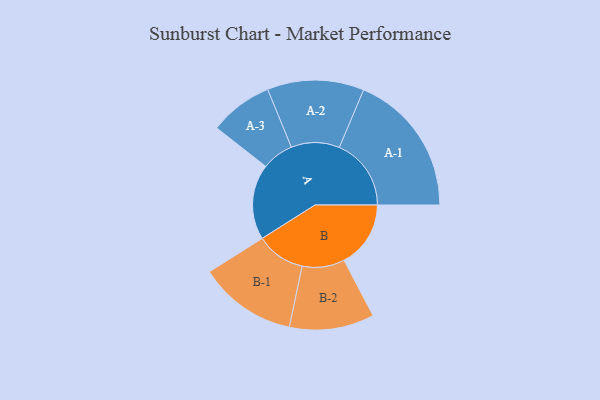
{"axis": {"x": "Segment", "y": "Value"}, "legend": ["", "A", "B"], "data": [{"x": "A", "y": 304, "type": ""}, {"x": "B", "y": 269, "type": ""}, {"x": "A-1", "y": 290, "type": "A"}, {"x": "A-2", "y": 195, "type": "A"}, {"x": "A-3", "y": 128, "type": "A"}, {"x": "B-1", "y": 198, "type": "B"}, {"x": "B-2", "y": 171, "type": "B"}]}